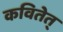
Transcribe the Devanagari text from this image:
कवितेत्